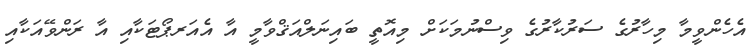
އެހެންވީމާ މިހާރުގެ ސަރުކާރުގެ ވިސްނުމަކަށް މިއޮތީ ބައިނަލްއަޤްވާމީ އާ އެއަރޕޯޓަކާއި އާ ރަންވޭއަކާއި